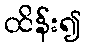
ထိန်း၍